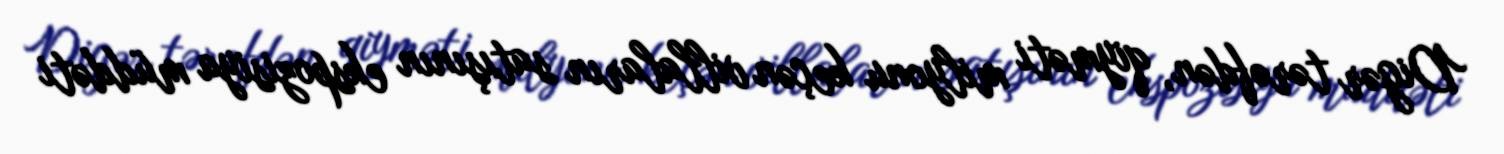
Digər tərəfdən, qiyməti milyonu keçən villaların satışının ekspozisiya müddəti